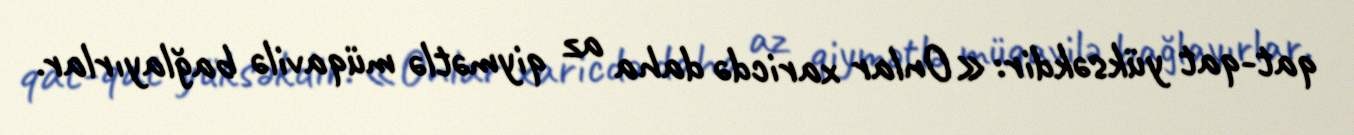
qat-qat yüksəkdir: «Onlar xaricdə daha az qiymətlə müqavilə bağlayırlar.